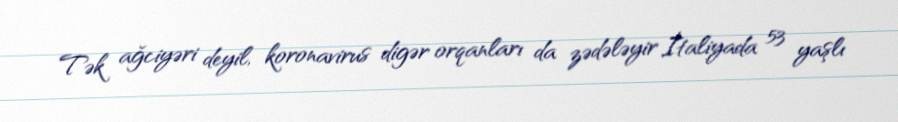
Tək ağciyəri deyil, koronavirus digər orqanları da zədələyir İtaliyada 53 yaşlı